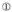
①